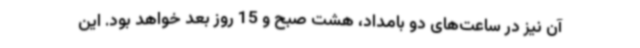
آن نیز در ساعت‌های دو بامداد، هشت صبح و 15 روز بعد خواهد بود. این